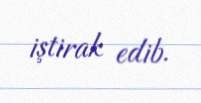
iştirak edib.